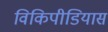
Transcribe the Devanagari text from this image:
विकिपीडियास